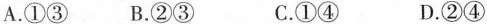
A.①③ B.②③ C.①④ D.②④